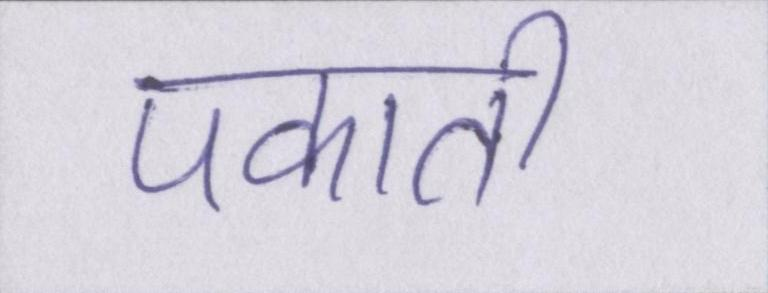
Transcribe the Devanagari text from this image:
पकाती